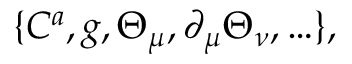
\{ C ^ { a } , g , \Theta _ { \mu } , \partial _ { \mu } \Theta _ { \nu } , \ldots \} ,